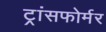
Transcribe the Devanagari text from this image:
ट्रांसफोर्मर